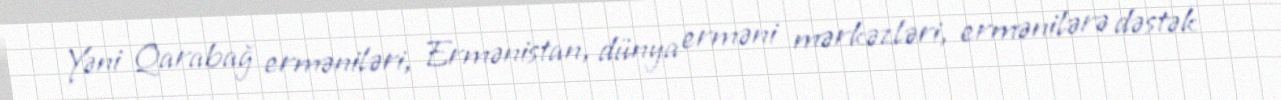
Yəni Qarabağ erməniləri, Ermənistan, dünya erməni mərkəzləri, ermənilərə dəstək